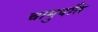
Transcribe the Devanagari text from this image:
चामुपति